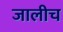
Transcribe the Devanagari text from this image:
जालीच